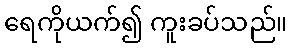
ရေကိုယက်၍ ကူးခပ်သည်။